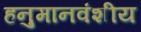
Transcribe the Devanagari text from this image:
हनुमानवंशीय